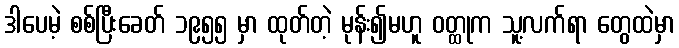
ဒါပေမဲ့ စစ်ပြီးခေတ် ၁၉၅၅ မှာ ထုတ်တဲ့ မုန်း၍မဟူ ဝတ္ထုက သူ့လက်ရာ တွေထဲမှာ